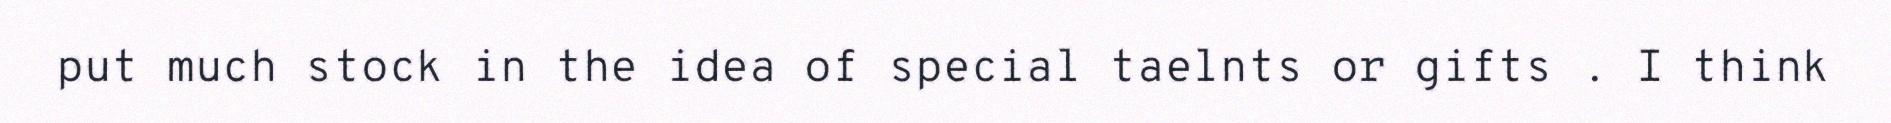
put much stock in the idea of special taelnts or gifts . I think